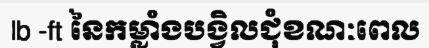
lb -ft នៃកម្លាំងបង្វិលជុំខណៈពេល